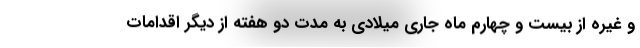
و غیره از بیست و چهارم ماه جاری میلادی به مدت دو هفته از دیگر اقدامات